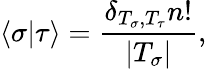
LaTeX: \langle\sigma|\tau\rangle=\frac{\delta_{T_{\sigma},T_{\tau}}n!}{|T_{\sigma}|},